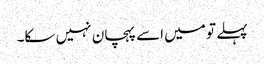
پہلے تو میں اسے پہچان نہیں سکا۔